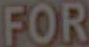
FOR